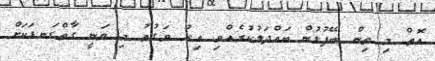
އޮތް މި ތިން ބޭފުޅުން ބައްދަލުކުރެއްވި އިރު ވަގުތު މި ވަނީ ގާތްގަނޑަކަށް